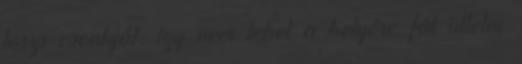
törzs csonkját, így nem lehet a helyére fát ültetni